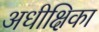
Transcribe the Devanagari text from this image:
अधीक्षिका